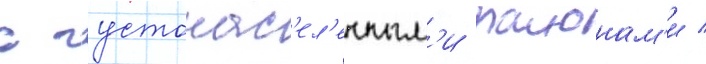
с густонас'ел'енным'и раионам'и /